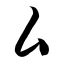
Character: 厶